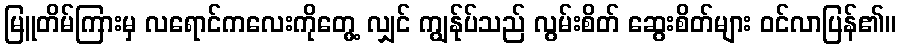
မြူတိမ်ကြားမှ လရောင်ကလေးကိုတွေ့ လျှင် ကျွန်ုပ်သည် လွမ်းစိတ် ဆွေးစိတ်များ ဝင်လာပြန်၏။